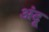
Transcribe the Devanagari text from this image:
अंदू